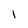
Character: 1